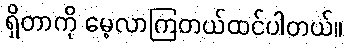
ရှိတာကို မေ့လာကြတယ်ထင်ပါတယ်။